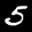
Digit: 5